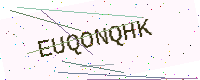
Text: EUQONQHK